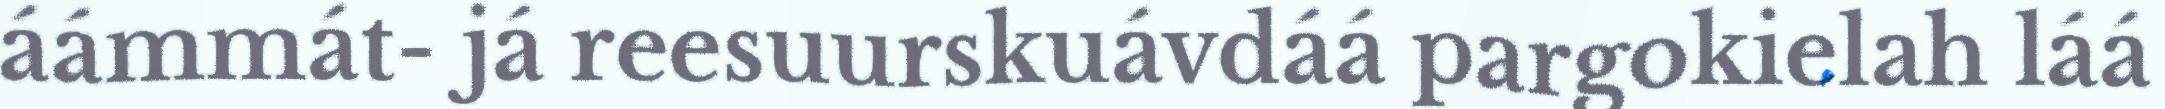
áámmát- já reesuurskuávdáá pargokielah láá